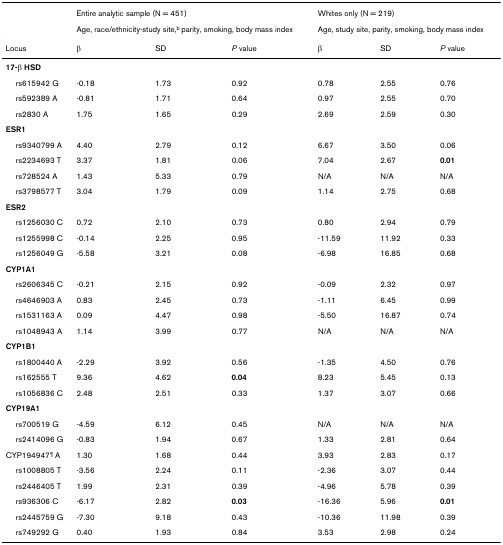
<table><thead><tr><td></td><td colspan="3"><b>Entire analytic sample (N = 451)</b></td><td colspan="3"><b>Whites only (N = 219)</b></td></tr></thead><tbody><tr><td></td><td colspan="3">Age, race/ethnicity-study site,<sup>b </sup>parity, smoking, body mass index</td><td colspan="3">Age, study site, parity, smoking, body mass index</td></tr><tr><td>Locus</td><td>β</td><td>SD</td><td><i>P </i>value</td><td>β</td><td>SD</td><td><i>P </i>value</td></tr><tr><td><b>17-β HSD</b></td><td></td><td></td><td></td><td></td><td></td><td></td></tr><tr><td> rs615942 G</td><td>-0.18</td><td>1.73</td><td>0.92</td><td>0.78</td><td>2.55</td><td>0.76</td></tr><tr><td> rs592389 A</td><td>-0.81</td><td>1.71</td><td>0.64</td><td>0.97</td><td>2.55</td><td>0.70</td></tr><tr><td> rs2830 A</td><td>1.75</td><td>1.65</td><td>0.29</td><td>2.69</td><td>2.59</td><td>0.30</td></tr><tr><td><b>ESR1</b></td><td></td><td></td><td></td><td></td><td></td><td></td></tr><tr><td> rs9340799 A</td><td>4.40</td><td>2.79</td><td>0.12</td><td>6.67</td><td>3.50</td><td>0.06</td></tr><tr><td> rs2234693 T</td><td>3.37</td><td>1.81</td><td>0.06</td><td>7.04</td><td>2.67</td><td><b>0.01</b></td></tr><tr><td> rs728524 A</td><td>1.43</td><td>5.33</td><td>0.79</td><td>N/A</td><td>N/A</td><td>N/A</td></tr><tr><td> rs3798577 T</td><td>3.04</td><td>1.79</td><td>0.09</td><td>1.14</td><td>2.75</td><td>0.68</td></tr><tr><td><b>ESR2</b></td><td></td><td></td><td></td><td></td><td></td><td></td></tr><tr><td> rs1256030 C</td><td>0.72</td><td>2.10</td><td>0.73</td><td>0.80</td><td>2.94</td><td>0.79</td></tr><tr><td> rs1255998 C</td><td>-0.14</td><td>2.25</td><td>0.95</td><td>-11.59</td><td>11.92</td><td>0.33</td></tr><tr><td> rs1256049 G</td><td>-5.58</td><td>3.21</td><td>0.08</td><td>-6.98</td><td>16.85</td><td>0.68</td></tr><tr><td><b>CYP1A1</b></td><td></td><td></td><td></td><td></td><td></td><td></td></tr><tr><td> rs2606345 C</td><td>-0.21</td><td>2.15</td><td>0.92</td><td>-0.09</td><td>2.32</td><td>0.97</td></tr><tr><td> rs4646903 A</td><td>0.83</td><td>2.45</td><td>0.73</td><td>-1.11</td><td>6.45</td><td>0.99</td></tr><tr><td> rs1531163 A</td><td>0.09</td><td>4.47</td><td>0.98</td><td>-5.50</td><td>16.87</td><td>0.74</td></tr><tr><td> rs1048943 A</td><td>1.14</td><td>3.99</td><td>0.77</td><td>N/A</td><td>N/A</td><td>N/A</td></tr><tr><td><b>CYP1B1</b></td><td></td><td></td><td></td><td></td><td></td><td></td></tr><tr><td> rs1800440 A</td><td>-2.29</td><td>3.92</td><td>0.56</td><td>-1.35</td><td>4.50</td><td>0.76</td></tr><tr><td> rs162555 T</td><td>9.36</td><td>4.62</td><td><b>0.04</b></td><td>8.23</td><td>5.45</td><td>0.13</td></tr><tr><td> rs1056836 C</td><td>2.48</td><td>2.51</td><td>0.33</td><td>1.37</td><td>3.07</td><td>0.66</td></tr><tr><td><b>CYP19A1</b></td><td></td><td></td><td></td><td></td><td></td><td></td></tr><tr><td> rs700519 G</td><td>-4.59</td><td>6.12</td><td>0.45</td><td>N/A</td><td>N/A</td><td>N/A</td></tr><tr><td> rs2414096 G</td><td>-0.83</td><td>1.94</td><td>0.67</td><td>1.33</td><td>2.81</td><td>0.64</td></tr><tr><td>CYP194947<sup>¶ </sup>A</td><td>1.30</td><td>1.68</td><td>0.44</td><td>3.93</td><td>2.83</td><td>0.17</td></tr><tr><td> rs1008805 T</td><td>-3.56</td><td>2.24</td><td>0.11</td><td>-2.36</td><td>3.07</td><td>0.44</td></tr><tr><td> rs2446405 T</td><td>1.99</td><td>2.31</td><td>0.39</td><td>-4.96</td><td>5.78</td><td>0.39</td></tr><tr><td> rs936306 C</td><td>-6.17</td><td>2.82</td><td><b>0.03</b></td><td>-16.36</td><td>5.96</td><td><b>0.01</b></td></tr><tr><td> rs2445759 G</td><td>-7.30</td><td>9.18</td><td>0.43</td><td>-10.36</td><td>11.98</td><td>0.39</td></tr><tr><td> rs749292 G</td><td>0.40</td><td>1.93</td><td>0.84</td><td>3.53</td><td>2.98</td><td>0.24</td></tr></tbody></table>